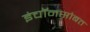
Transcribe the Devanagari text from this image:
इंचॉनसोबत